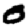
Digit: 0